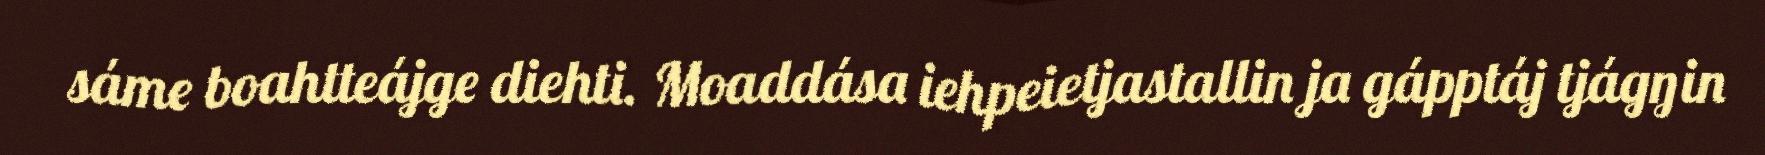
sáme boahtteájge diehti. Moaddása iehpeietjastallin ja gápptáj tjágŋin